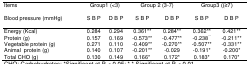
<table><thead><tr><td><b>Items</b></td><td colspan="2"><b>Group1 (&lt;3)</b></td><td colspan="2"><b>Group 2 (3-7)</b></td><td colspan="2"><b>Group3 ((≥7)</b></td></tr><tr><td><b>Blood pressure (mmHg)</b></td><td><b>S B P</b></td><td><b>D B P</b></td><td><b>S B P</b></td><td><b>D B P</b></td><td><b>S B P</b></td><td><b>D B P</b></td></tr></thead><tbody><tr><td>Energy (Kcal)</td><td>0.284</td><td>0.294</td><td>0.361**</td><td>0.284**</td><td>0.362**</td><td>0.421**</td></tr><tr><td>Protein (g)</td><td>0.157</td><td>0.169</td><td>-0.573**</td><td>-0.477**</td><td>-0.238<sup>**</sup></td><td>-0.211**</td></tr><tr><td>Vegetable protein (g)</td><td>0.271</td><td>0.110</td><td>-0.409**</td><td>-0.270**</td><td>-0.507**</td><td>-0.331**</td></tr><tr><td>Animal protein (g)</td><td>0.140</td><td>0.107</td><td>-0.201**</td><td>-0.029</td><td>-0.191*</td><td>-0.200*</td></tr><tr><td>Total CHO (g)</td><td>0.130</td><td>0.149</td><td>0.166*</td><td>0.172*</td><td>0.183*</td><td>0.170*</td></tr></tbody></table>